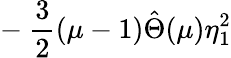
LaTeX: -~\frac{3}{2}(\mu-1)\hat{\Theta}(\mu)\eta_{1}^{2}